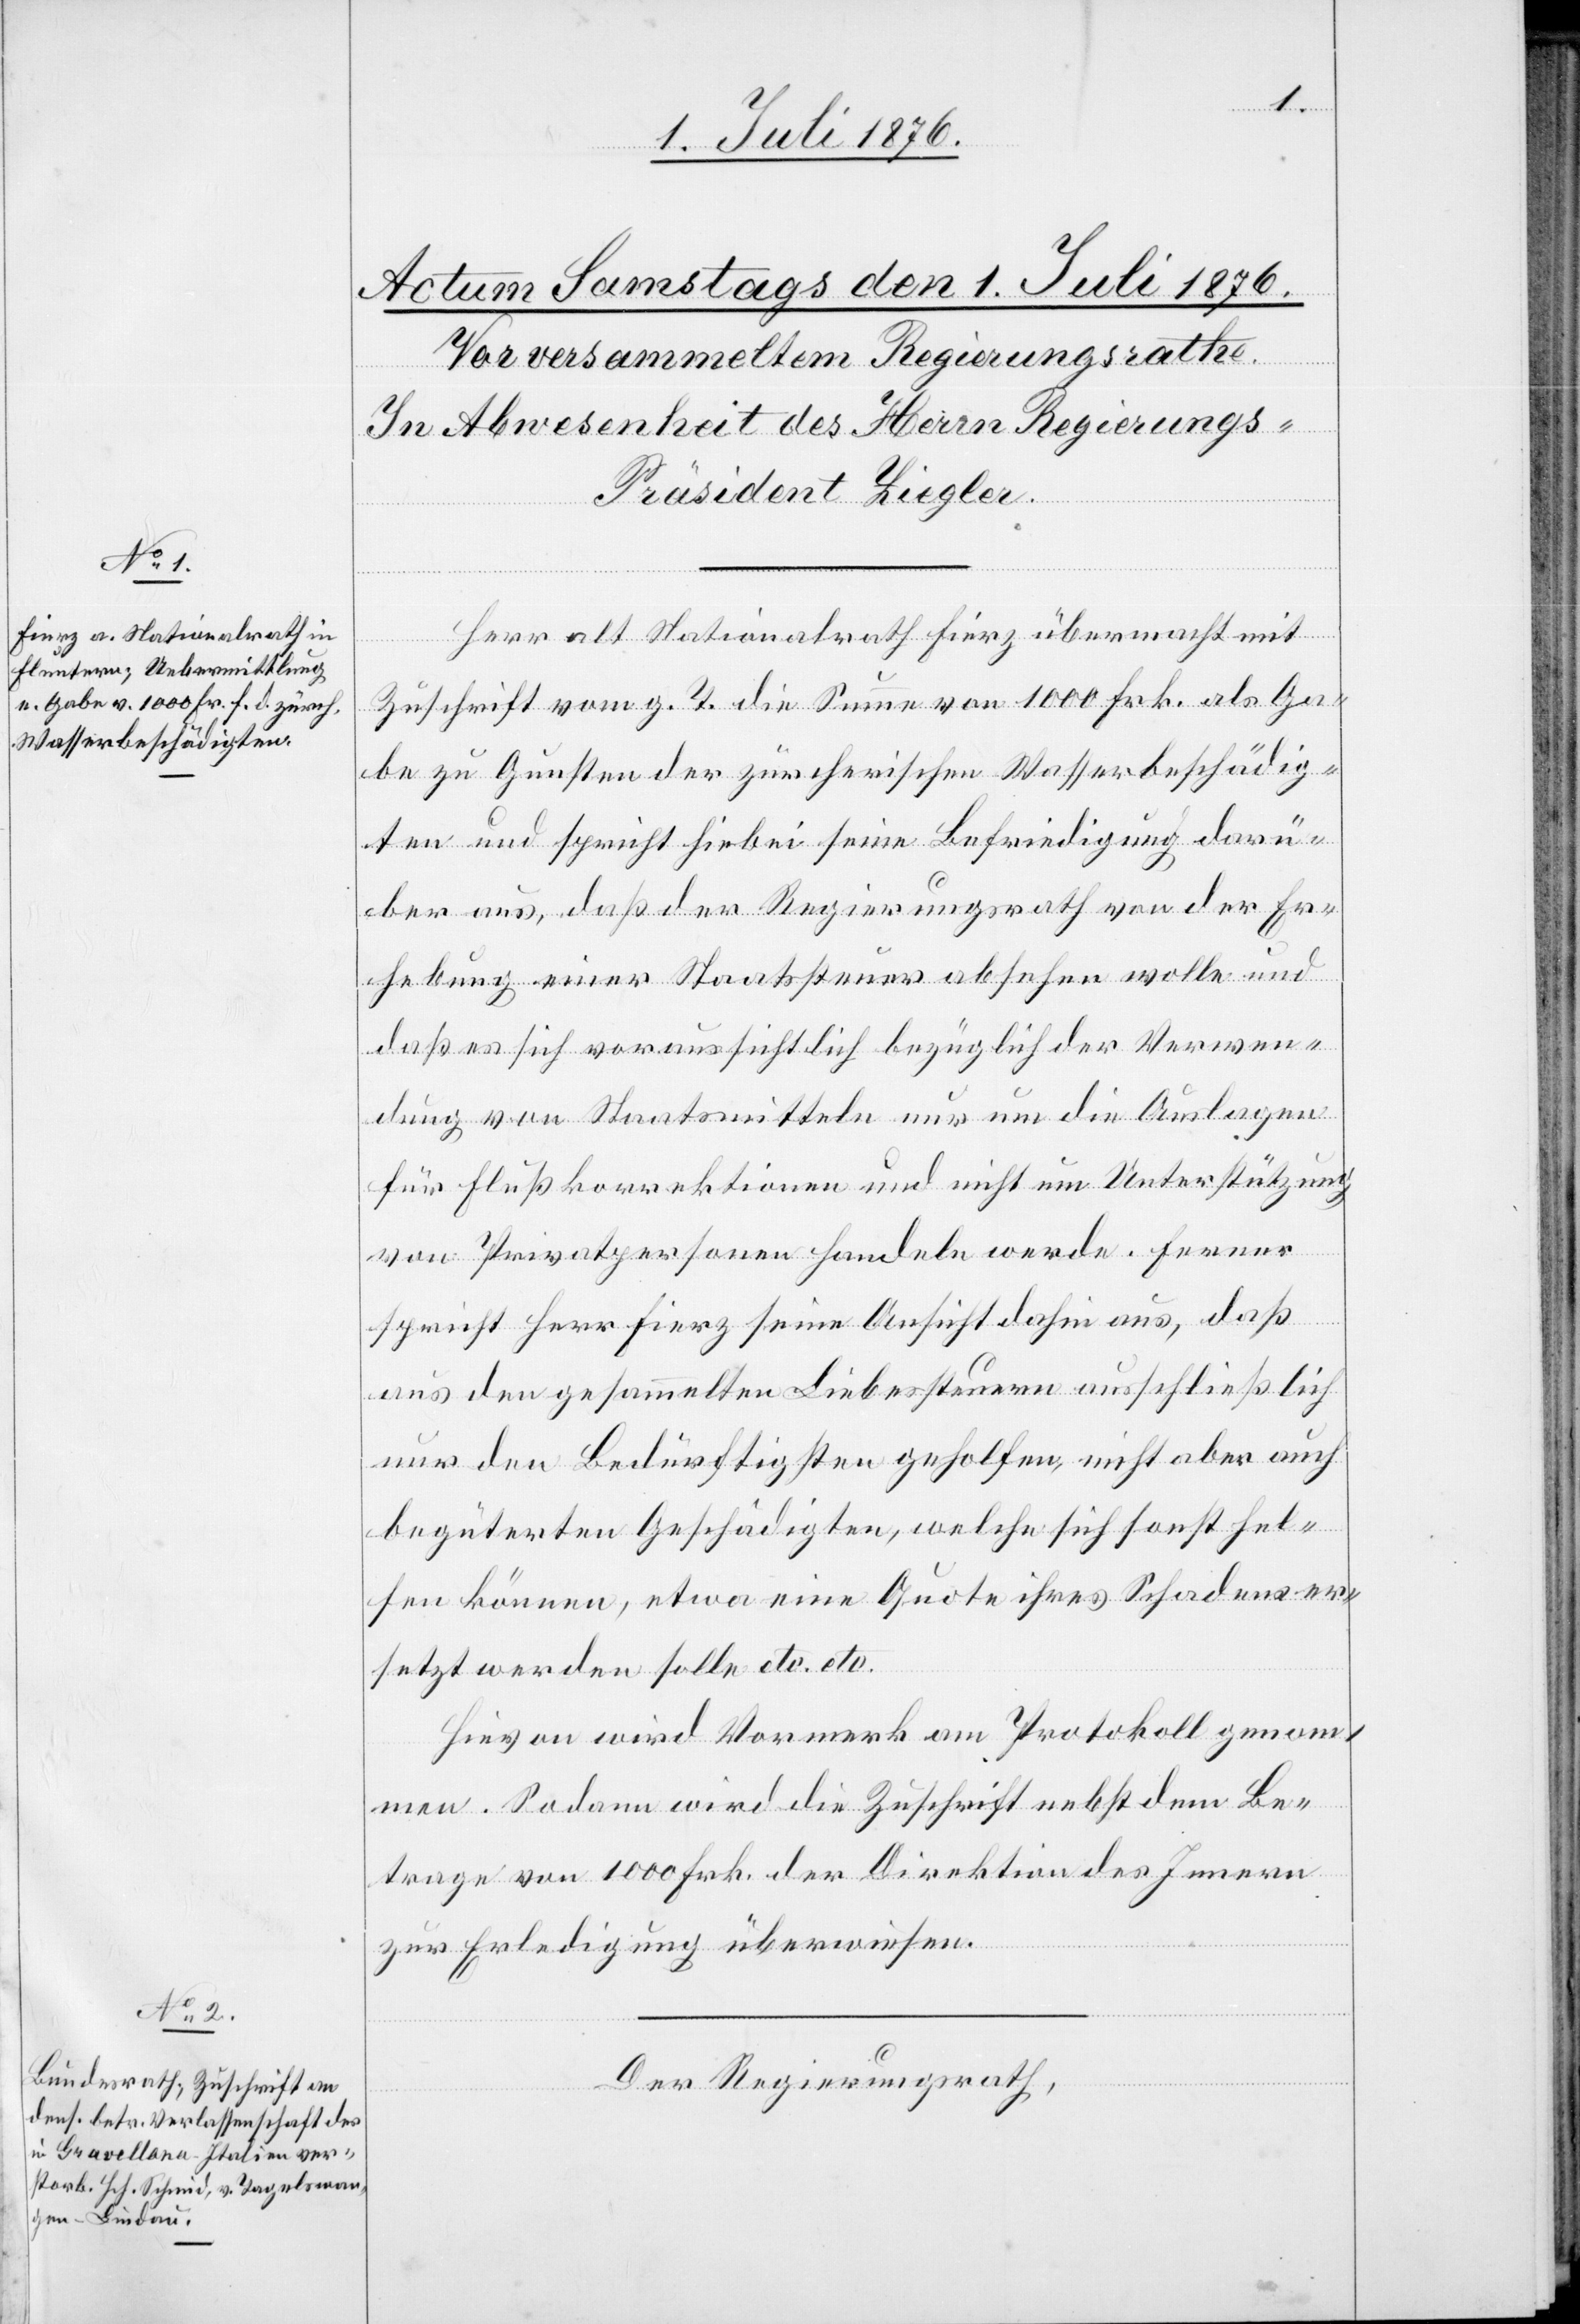
Herr alt Nationalrath Fierz übermacht mit
Zuschrift vom g. T. die Summe von 1000 Frk. als Ga¬
be zu Gunsten der zürcherischen Wasserbeschädig¬
ten und spricht hiebei seine Befriedigung darü¬
ber aus, das der Regierungsrath von der Er¬
hebung einer Staatssteuer absehen wolle und
daß es sich voraussichtlich bezüglich der Verwen¬
dung von Staatsmitteln nur um die Auslagen
für Flußkorrektionen nicht um Unterstützung
von Privatpersonen handeln werde. Ferner
spricht Herr Fierz seine Ansicht dahin aus, daß
aus den gesammelten Liebessteuern ausschließlich
nur den Bedürftigen geholfen, nicht aber auch
begüterten Geschädigten, welche sich sonst hel¬
fen können, etwa eine Quote ihres Schadens er¬
setzt werden solle etc. etc.
Hiezu wird Vormerk am Protokoll genom¬
men. Sodann wird die Zuschrift nebst dem Be¬
trage von 1000 Frk. der Direktion des Innern
zur Erledigung überwiesen.
Der Regierungsrath,